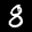
Label: 8